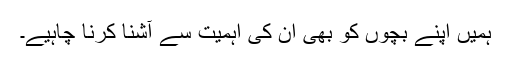
ہمیں اپنے بچوں کو بھی ان کی اہمیت سے آشنا کرنا چاہیے۔